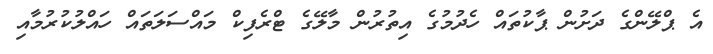
އެ ޕްލޭންގެ ދަށުން ޕާކުތައް ހެދުމުގެ އިތުރުން މާލޭގެ ޓްރެފިކް މައްސަލަތައް ހައްލުކުރުމާއި